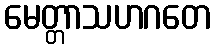
မေတ္တာသဟဂတေ